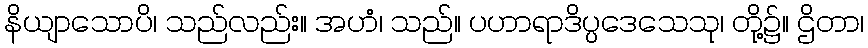
နိယျာသောပိ၊ သည်လည်း။ အဟံ၊ သည်။ ပဟာရာဒိပ္ပဒေသေသု၊ တို့၌။ ဌိတာ၊